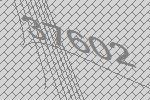
37602